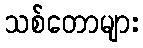
သစ်တောများ